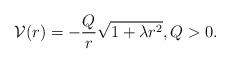
LaTeX: \begin{align*} {\cal V}(r) = - \frac{Q}{r}\sqrt{1+\lambda r^2}, Q>0. \end{align*}